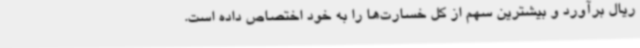
ریال برآورد و بیشترین سهم از کل خسارت‌ها را به خود اختصاص داده است.